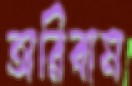
অরিবাম